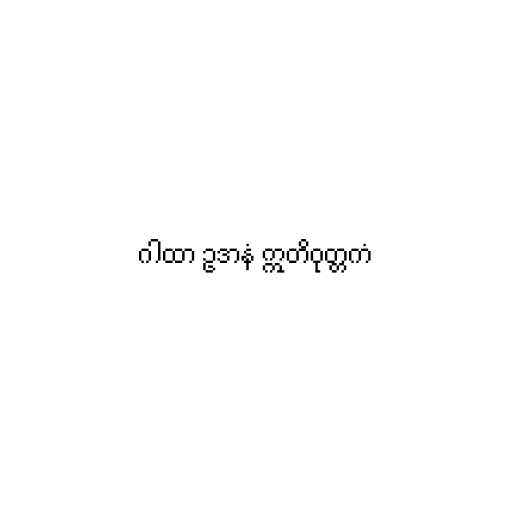
ဂါထာ ဥဒာနံ ဣတိဝုတ္တကံ